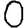
Digit: 0